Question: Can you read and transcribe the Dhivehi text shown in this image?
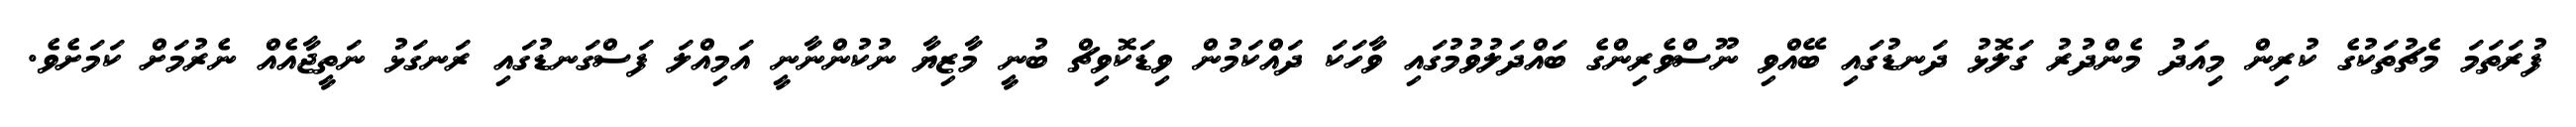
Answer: ފުރަތަމަ މެޗުތަކުގެ ކުރިން މިއަދު މެންދުރު ގަލޮޅު ދަނޑުގައި ބޭއްވި ނޫސްވެރިންގެ ބައްދަލުވުމުގައި ވާހަކަ ދައްކަމުން ވިޑަކޮވިޗް ބުނީ މާޒިޔާ ނުކުންނާނީ އަމިއްލަ ފަސްގަނޑުގައި ރަނގަޅު ނަތީޖާއެއް ނެރުމަށް ކަމަށެވެ.